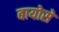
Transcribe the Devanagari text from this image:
बायोसे